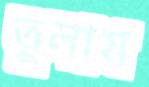
তুলাম